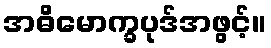
အဓိမောက္ခပုဒ်အဖွင့်။